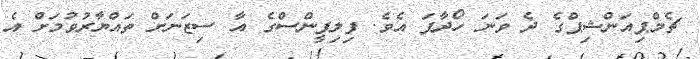
ޗެމްޕިއަންޝިޕްގެ ދެ ވަނަ ހޯދާފަ އެވެ. ފިލިޕީންސްގެ އާ ސިޒަނަށް ތައްޔާރުވުމަށް އެ